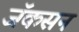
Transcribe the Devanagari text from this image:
जॅकसन